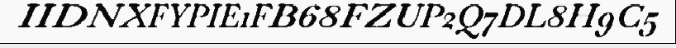
IIDNXFYPIE1FB68FZUP2Q7DL8H9C5